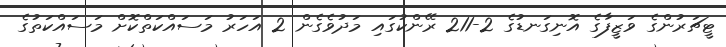
ޓީޗަރުންގެ ވަޒީފާގެ އޮނިގަނޑުގެ 2-211 ރޭންކުގައި މަދުވެގެން 2 އަހަރު މަސައްކަތްކޮށް މަސައްކަތުގެ